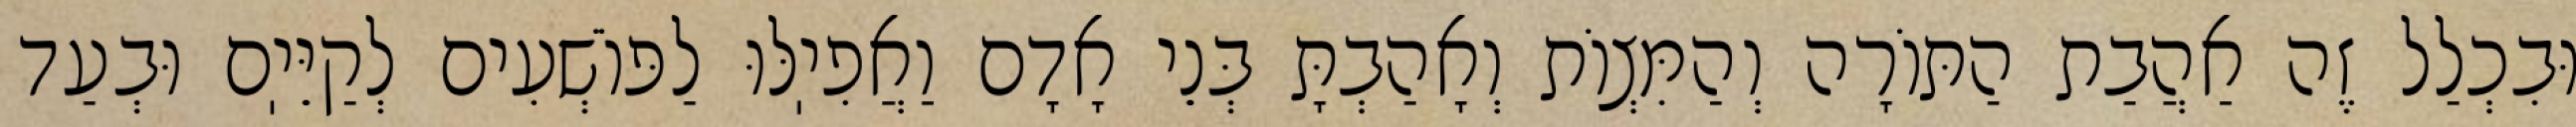
וּבִכְלַל זֶה אַהֲבַת הַתּוֹרָה וְהַמִּצְוֹת וְאָהַבְתָּ בְּנֵי אָדָם וַאֲפִיֽלּוּ לַפּוֹשְׁעִים לְקַיֵּיֽם וּבְעַד